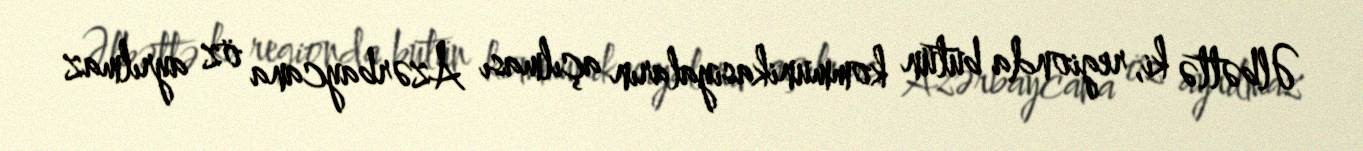
Əlbəttə ki, regionda bütün kommunikasiyaların açılması Azərbaycana öz ayrılmaz